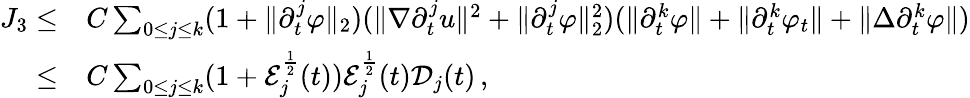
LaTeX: \begin{array}{rl}{J_{3}\leq}&{C\sum_{0\leq j\leq k}(1+\| \partial_{t}^{j}\varphi\| _{2})(\| \nabla\partial_{t}^{j}u\| ^{2}+\| \partial_{t}^{j}\varphi\| _{2}^{2})(\| \partial_{t}^{k}\varphi\| +\| \partial_{t}^{k}\varphi_{t}\| +\| \Delta\partial_{t}^{k}\varphi\| )}\\ {\leq}&{C\sum_{0\leq j\leq k}(1+\mathcal{E}_{j}^{\frac{1}{2}}(t))\mathcal{E}_{j}^{\frac{1}{2}}(t)\mathcal{D}_{j}(t)\, ,}\end{array}